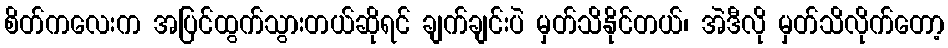
စိတ်ကလေးက အပြင်ထွက်သွားတယ်ဆိုရင် ချက်ချင်းပဲ မှတ်သိနိုင်တယ်၊ အဲဒီလို မှတ်သိလိုက်တော့